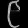
Digit: ၉